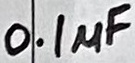
Text: 0.1µF